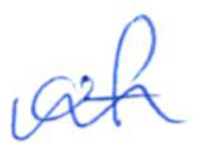
Text: of
Cross-out: wave
Writing tool: ballpoint